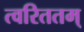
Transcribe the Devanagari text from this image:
त्वरिततम्